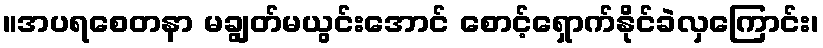
။အပရစေတနာ မချွတ်မယွင်းအောင် စောင့်ရှောက်နိုင်ခဲလှကြောင်း၊